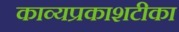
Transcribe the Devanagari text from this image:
काव्यप्रकाशटीका